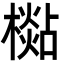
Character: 檆